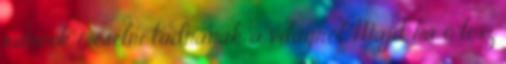
ráncok mesélni tudnának a világról. Majd ha ő lesz